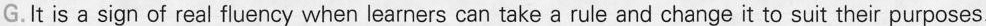
G.It is a sign of real fluency when learners can take a rule and change it to suit their purposes.